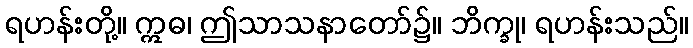
ရဟန်းတို့။ ဣဓ၊ ဤသာသနာတော်၌။ ဘိက္ခု၊ ရဟန်းသည်။